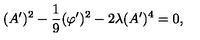
( A ^ { \prime } ) ^ { 2 } - \frac { 1 } { 9 } ( \varphi ^ { \prime } ) ^ { 2 } - 2 \lambda ( A ^ { \prime } ) ^ { 4 } = 0 ,